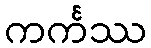
ကင်္ကဿ